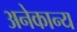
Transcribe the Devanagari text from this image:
अनेकान्य